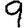
Digit: 9